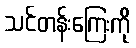
သင်တန်းကြေးကို